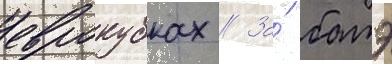
еврокубках // За́ батэ